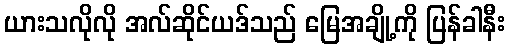
ယားသလိုလို အလ်ဆိုင်ယဒ်သည် မြေအချို့ကို ပြန်ခါနီး